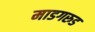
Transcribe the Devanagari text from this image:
माडगरुड